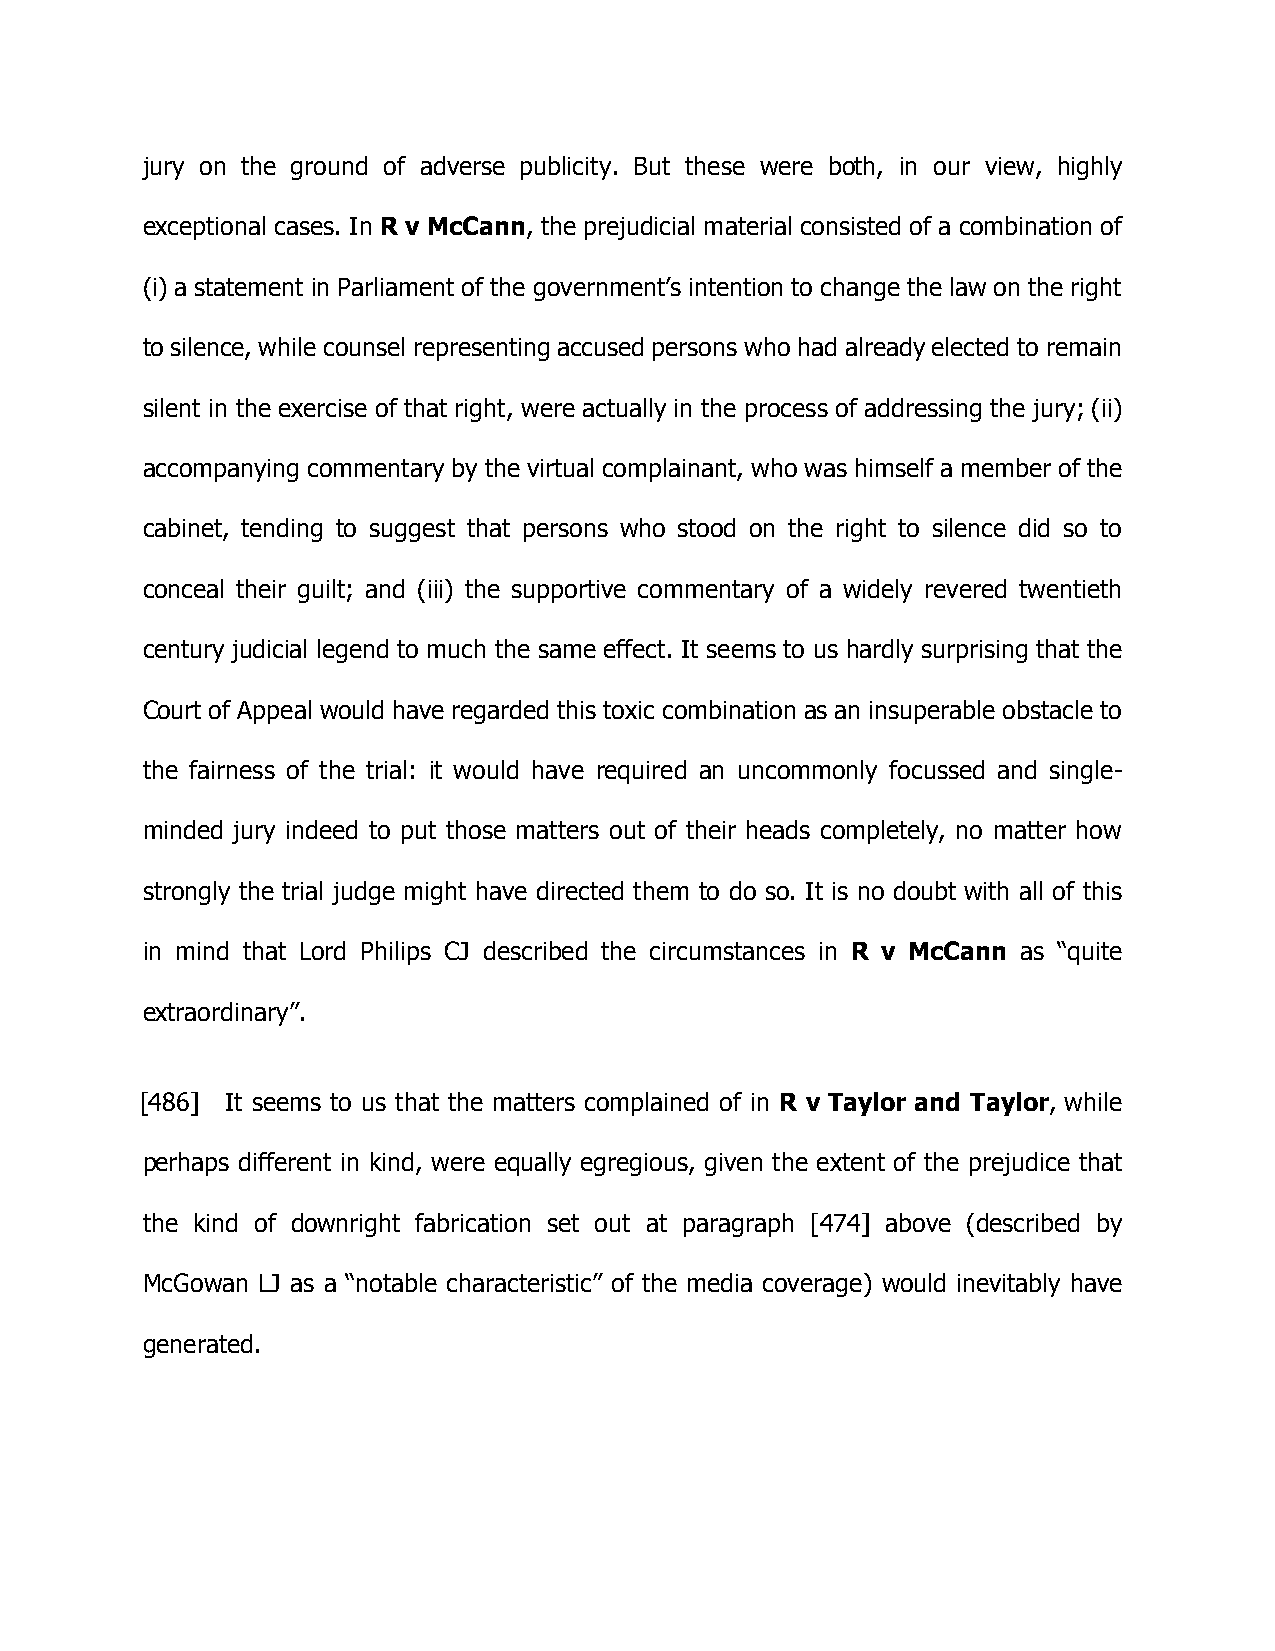
jury on the ground of adverse publicity. But these were both, in our view, highly
 exceptional cases. In R v McCann, the prejudicial material consisted of a combination of
 (i) a statement in Parliament of the government’s intention to change the law on the right
 to silence, while counsel representing accused persons who had already elected to remain
 silent in the exercise of that right, were actually in the process of addressing the jury; (ii)
 accompanying commentary by the virtual complainant, who was himself a member of the
 cabinet, tending to suggest that persons who stood on the right to silence did so to
 conceal their guilt; and (iii) the supportive commentary of a widely revered twentieth
 century judicial legend to much the same effect. It seems to us hardly surprising that the
 Court of Appeal would have regarded this toxic combination as an insuperable obstacle to
 the fairness of the trial: it would have required an uncommonly focussed and single-
 minded jury indeed to put those matters out of their heads completely, no matter how
 strongly the trial judge might have directed them to do so. It is no doubt with all of this
 in mind that Lord Philips CJ described the circumstances in R v McCann as “quite
 extraordinary”.
 [486] It seems to us that the matters complained of in R v Taylor and Taylor, while
 perhaps different in kind, were equally egregious, given the extent of the prejudice that
 the kind of downright fabrication set out at paragraph [474] above (described by
 McGowan LJ as a “notable characteristic” of the media coverage) would inevitably have
 generated.